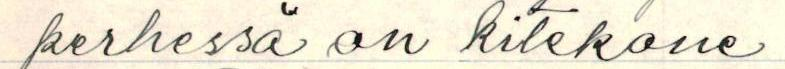
perhessä on kitekone